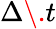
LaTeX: \Delta\. t